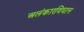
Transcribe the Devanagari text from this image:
अलंकारविधान